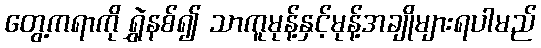
တွေ့ကရာကို ရွှဲနစ်၍ သာကူမုန့်နှင့်မုန့်အချိုများရပါမည်